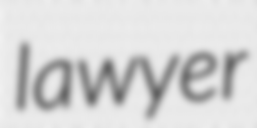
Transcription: lawyer